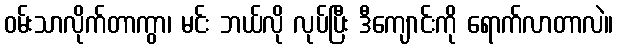
ဝမ်းသာလိုက်တာကွာ၊ မင်း ဘယ်လို လုပ်ပြီး ဒီကျောင်းကို ရောက်လာတာလဲ။